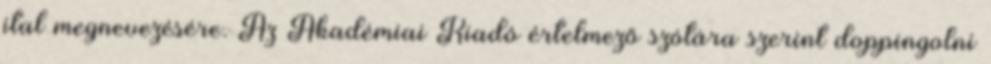
ital megnevezésére. Az Akadémiai Kiadó értelmező szótára szerint doppingolni